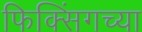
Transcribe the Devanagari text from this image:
फिक्सिंगच्या